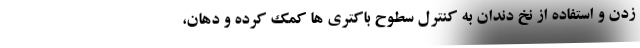
زدن و استفاده از نخ دندان به کنترل سطوح باکتری ها کمک کرده و دهان،